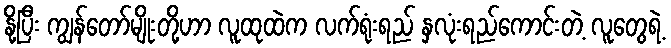
နို့ပြီး ကျွန်တော်မျိုးတို့ဟာ လူထုထဲက လက်ရုံးရည် နှလုံးရည်ကောင်းတဲ့ လူတွေရဲ့